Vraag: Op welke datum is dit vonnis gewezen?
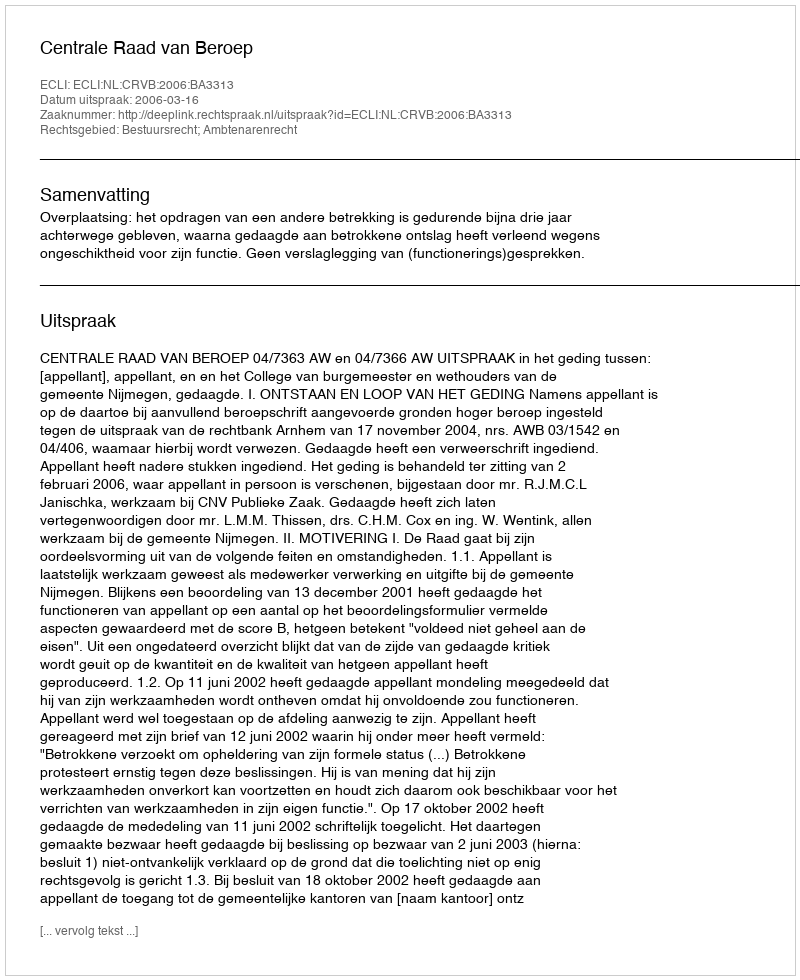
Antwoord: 2006-03-16